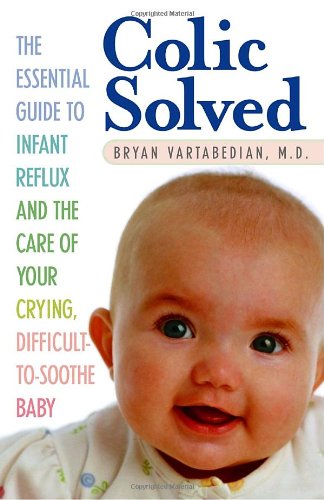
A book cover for Colic Solved: The Essential Guide to Infant Reflux and the Care of Your Crying, Difficult-to- Soothe Baby; Bryan Vartabedian; Literature & Fiction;